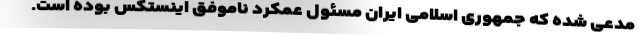
مدعی شده که جمهوری اسلامی ایران مسئول عمکرد ناموفق اینستکس بوده است.